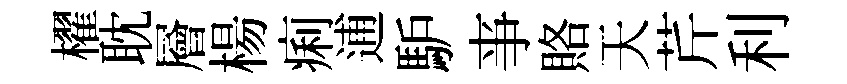
櫂耽層楊痢逋馿亊賂天芹利